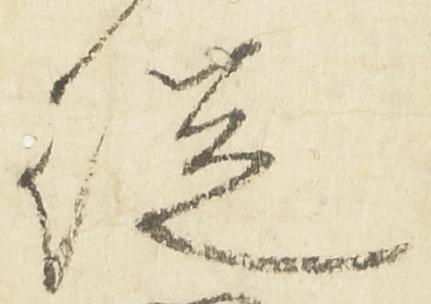
従